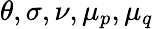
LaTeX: \theta,\sigma,\nu,\mu_{p},\mu_{q}